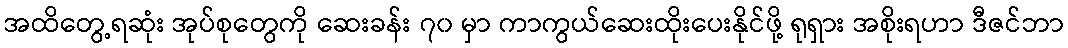
အထိတွေ့ရဆုံး အုပ်စုတွေကို ဆေးခန်း ၇၀ မှာ ကာကွယ်ဆေးထိုးပေးနိုင်ဖို့ ရုရှား အစိုးရဟာ ဒီဇင်ဘာ